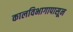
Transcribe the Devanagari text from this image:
कालविभागापासून